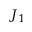
J _ { 1 }